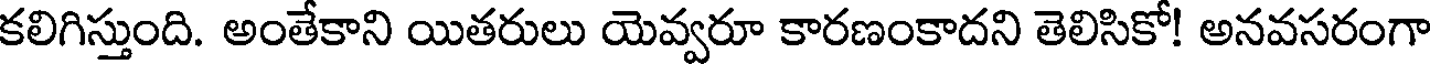
కలిగిస్తుంది. అంతేకాని యితరులు యెవ్వరూ కారణంకాదని తెలిసికో! అనవసరంగా